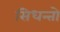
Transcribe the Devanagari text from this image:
सिधन्तो